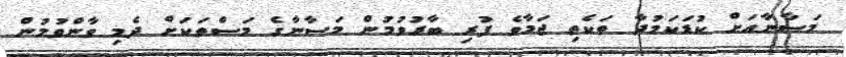
މަސާނާއަށް ކުޑަކަމުދާ ތަކެތި ޖަމާވެ ފުރި ބާރުވުމުން މަސާނާގެ މަސްތަކަށް ދެމި ވާންވުމުން